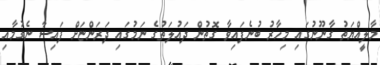
މާލީއްޔަތު ގާނޫނުގައި މިހާރު ބުނެފައިވާ ގޮތުން ދައުލަތުގެ ނަމުގައި ދަރަންޏަށް ފައިސާ ނެގުމާއި